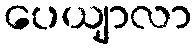
ပေယျာလာ